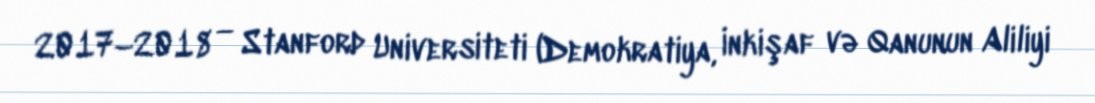
2017–2018 — Stanford Universiteti (Demokratiya, İnkişaf və Qanunun Aliliyi